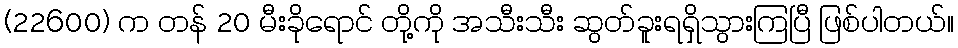
(22600) က တန် 20 မီးခိုရောင် တို့ကို အသီးသီး ဆွတ်ခူးရရှိသွားကြပြီ ဖြစ်ပါတယ်။